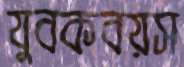
যুবকবয়স